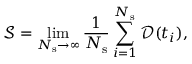
\mathcal { S } = \operatorname* { l i m } _ { N _ { \mathrm { s } } \to \infty } \frac { 1 } { N _ { \mathrm { s } } } \sum _ { i = 1 } ^ { N _ { \mathrm { s } } } \mathcal { D } ( t _ { i } ) ,